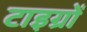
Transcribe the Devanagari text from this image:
टाइग्रों